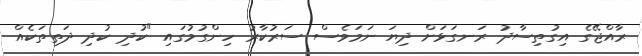
ރާއްޖޭގެ އިގުތިސާދު ރަނގަޅަށް ދިޔަ ނަމަވެސް ސަރުކާރު ހިންގުމުގައި "ކުދި ކުދި ދަތިތަކެއް